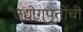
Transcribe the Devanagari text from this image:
उद्योगपतींची